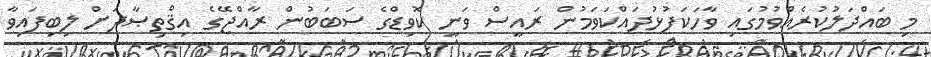
މި ބައްދަލުކުރެއްވުމުގައި ވާހަކަފުޅުދައްކަވަމުން ރައީސް ވަނީ ކޮވިޑްގެ ސަބަބުން ރާއްޖޭގެ އިޤްތިޞާދަށް ލިބިފައިވާ